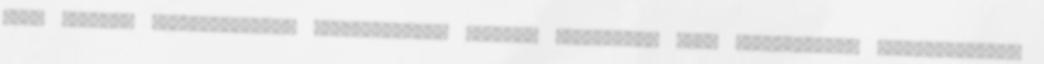
akik szintén támogatásukról biztosítottak minket. Amennyiben ezen törekvéseink megvalósulnak,